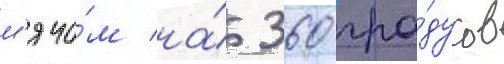
м'ячо́м на́ 360 гра́дусов